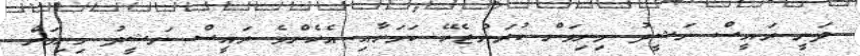
ދަނީ ރައީސް ނަޝީދު މިނިވަން ކުރަންޖެހޭ ކަމަށާއި އެހެންވެ ރައީސް ނަޝީދު މިނިވަން